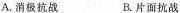
A.消极抗战 B.片面抗战